Vital statistics of India. Vol. V, Reports of 1876 on armies & jails and on epidemic cholera
Year: 1876
Disease focus: Cholera
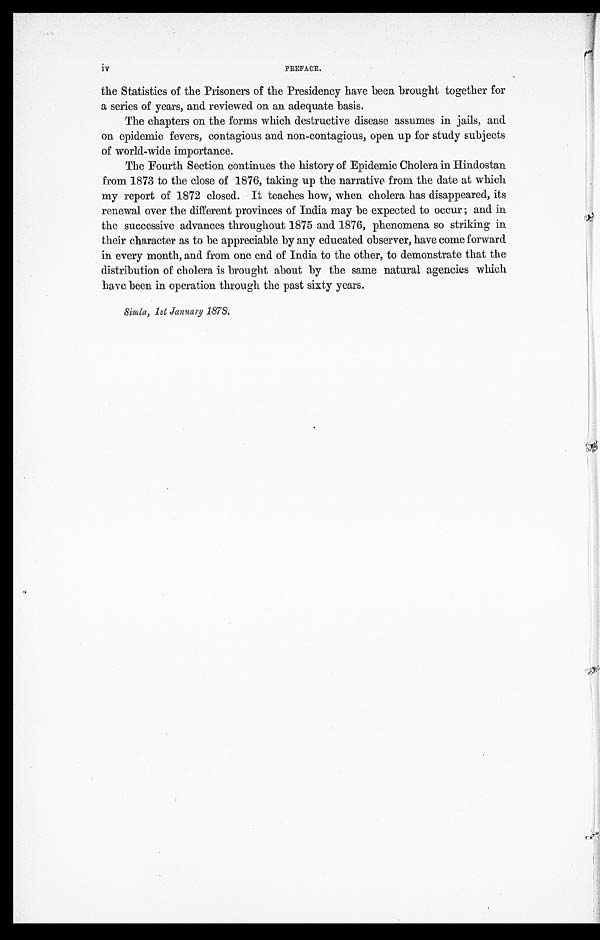
iv
PREFACE.
the Statistics of the Prisoners of the Presidency have been brought together for
a series of years, and reviewed on an adequate basis.
The chapters on the forms which destructive disease assumes in jails, and
on epidemic fevers, contagious and non-contagious, open up for study subjects
of world-wide importance.
The Fourth Section continues the history of Epidemic Cholera in Hindostan
from 1873 to the close of 1876, taking up the narrative from the date at which
my report of 1872 closed. It teaches how, when cholera has disappeared, its
renewal over the different provinces of India may be expected to occur ; and in
the successive advances throughout 1875 and 1876, phenomena so striking in
their character as to be appreciable by any educated observer, have come forward
in every month, and from one end of India to the other, to demonstrate that the
distribution of cholera is brought about by the same natural agencies which
have been in operation through the past sixty years.
Simla, 1st January 1878.